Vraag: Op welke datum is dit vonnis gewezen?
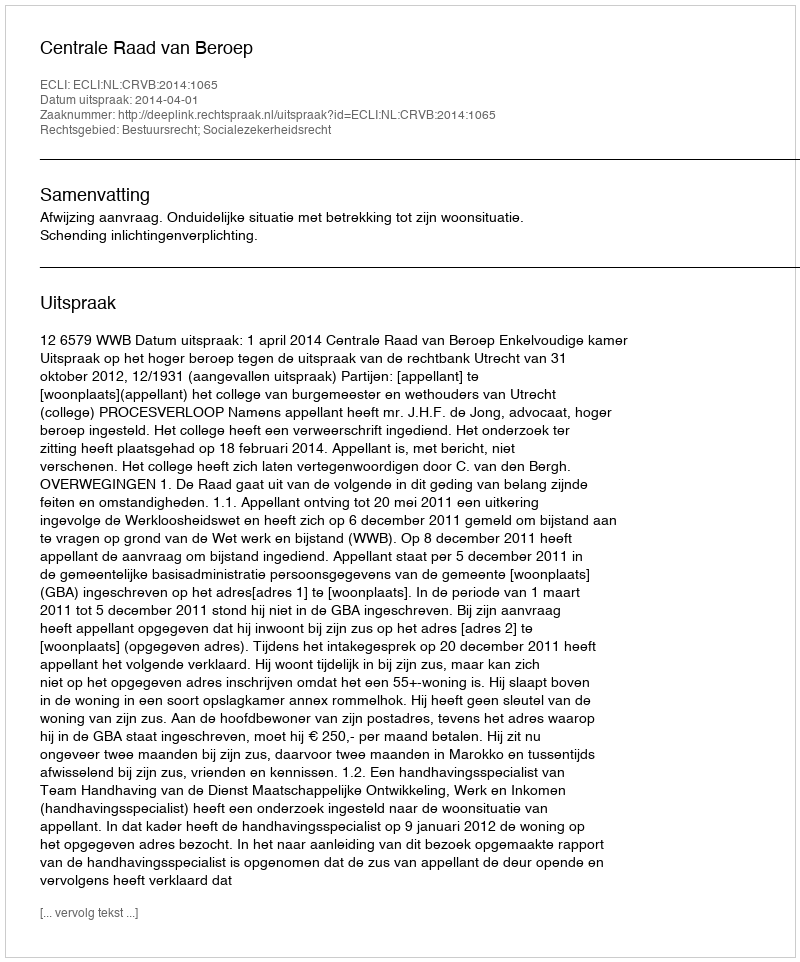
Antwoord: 2014-04-01